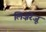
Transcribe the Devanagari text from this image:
लिज़रेजू